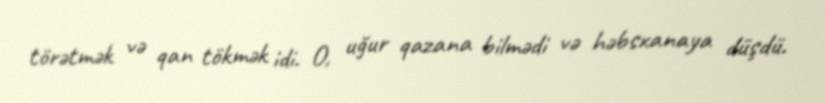
törətmək və qan tökmək idi. O, uğur qazana bilmədi və həbsxanaya düşdü.